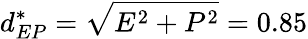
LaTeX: d_{EP}^{*}=\sqrt{E^{2}+P^{2}}=0.85